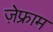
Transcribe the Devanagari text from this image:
ज़ेफ्राम